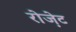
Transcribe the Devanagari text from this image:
रोजे़ट